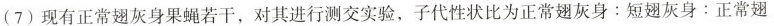
(7) 现有正常翅灰身果蝇若干，对其进行测交实验，子代性状比为正常翅灰身：短翅灰身：正常翅